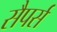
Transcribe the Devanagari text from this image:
सैपर्स